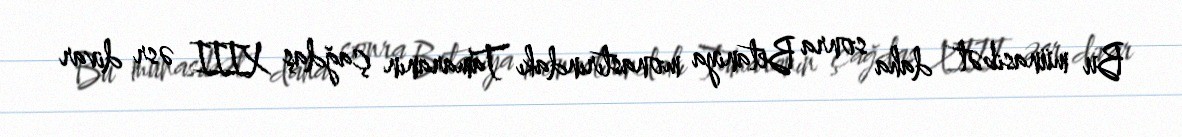
Bu münasibət daha sonra Betaniya monastırındakı Tamaranın çağdaş XIII əsr divar